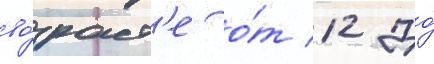
во́зраст'е о́т 12 до́